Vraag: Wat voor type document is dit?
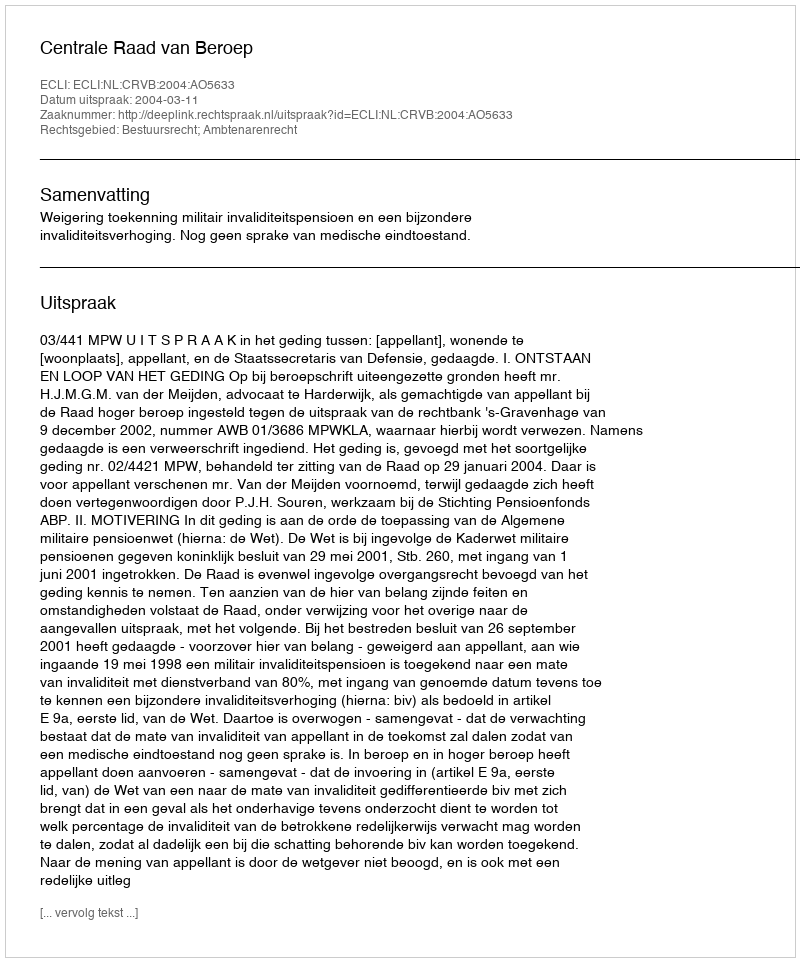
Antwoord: Uitspraak